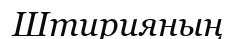
Штирияның